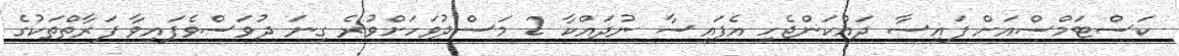
ކަސްޓަމްސްއަށް ފައިސާ ދައްކަންޖެހި އެފައިސާ ނުދައްކާ 2 މަސްދުވަހަށްވުރެ ގިނަ ދުވަސްވެފައިވާ ފަރާތްތަކުގެ